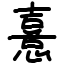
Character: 憙